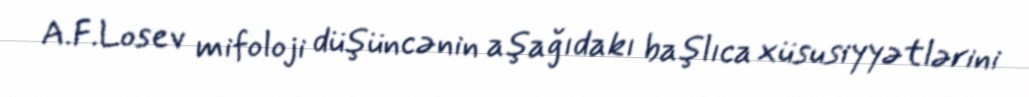
A.F.Losev mifoloji düşüncənin aşağıdakı başlıca xüsusiyyətlərini